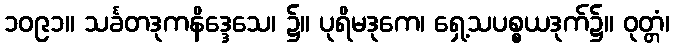
၁၀၉၁။ သင်္ခတဒုကနိဒ္ဒေသေ၊ ၌။ ပုရိမဒုကေ၊ ရှေ့သပစ္စယဒုက်၌။ ဝုတ္တံ၊